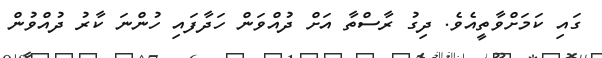
ގައި ކަމަށްވާތީއެވެ. ދިގު ރާސްތާ އަށް ދުއްވަން ހަދާފައި ހުންނަ ކާރު ދުއްވުން